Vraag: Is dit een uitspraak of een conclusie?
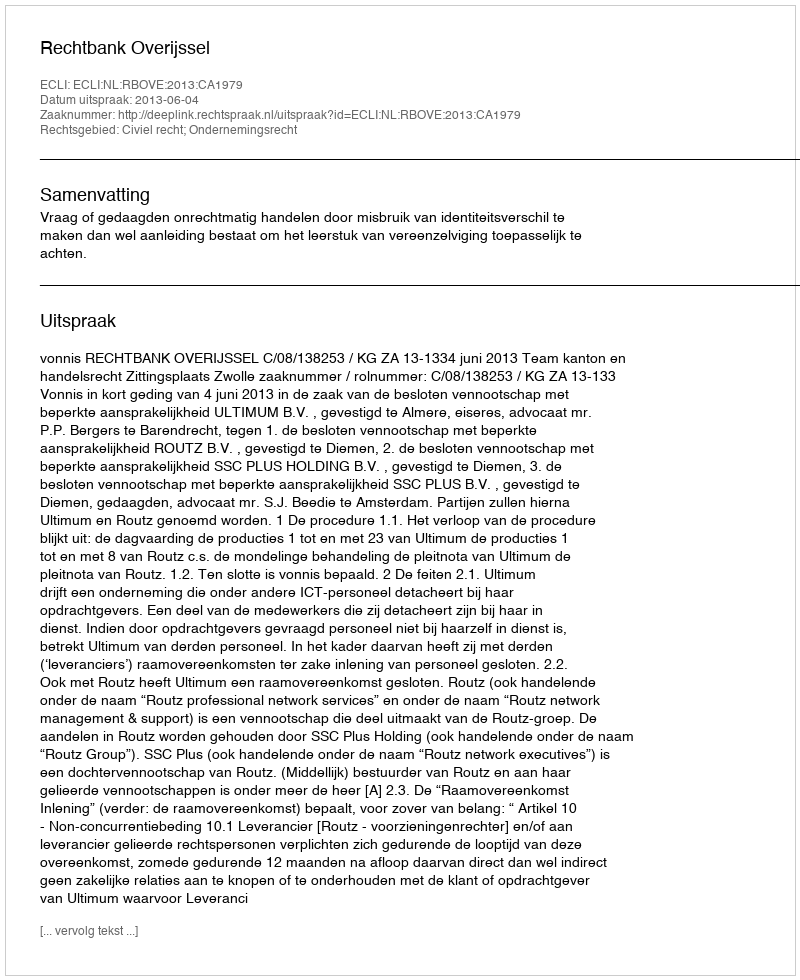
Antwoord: Uitspraak